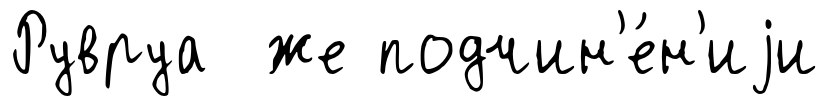
Рувруа же подчин'е́н'иjи